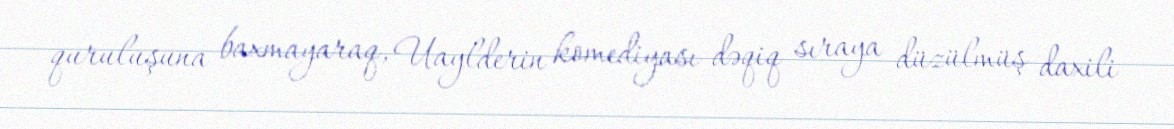
quruluşuna baxmayaraq, Uaylderin komediyası dəqiq sıraya düzülmüş daxili